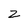
Character: 2